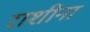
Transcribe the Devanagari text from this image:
राशीना